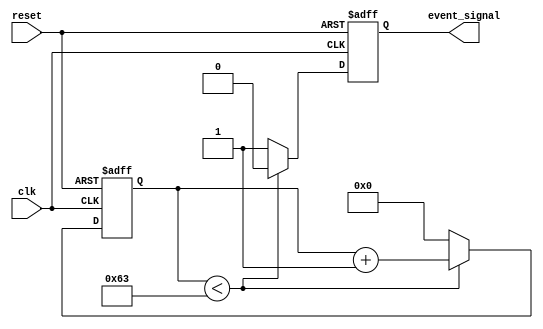
module TimerEventControl #(
    parameter time_interval = 100 // Time interval for the event in clock cycles
)(
    input wire clk,          // Clock signal
    input wire reset,        // Asynchronous reset signal
    output reg event_signal   // Event signal output
);

    // Internal counter
    reg [31:0] counter;      // 32-bit counter for the timer

    // Always block for timer behavior
    always @(posedge clk or posedge reset) begin
        if (reset) begin
            // Reset condition
            counter <= 0;
            event_signal <= 1'b0; // De-assert event signal on reset
        end else begin
            if (counter < time_interval - 1) begin
                counter <= counter + 1; // Increment counter
                event_signal <= 1'b0;    // Keep event_signal low
            end else begin
                counter <= 0;            // Reset counter after reaching the interval
                event_signal <= 1'b1;    // Assert event signal
            end
        end
    end

endmodule